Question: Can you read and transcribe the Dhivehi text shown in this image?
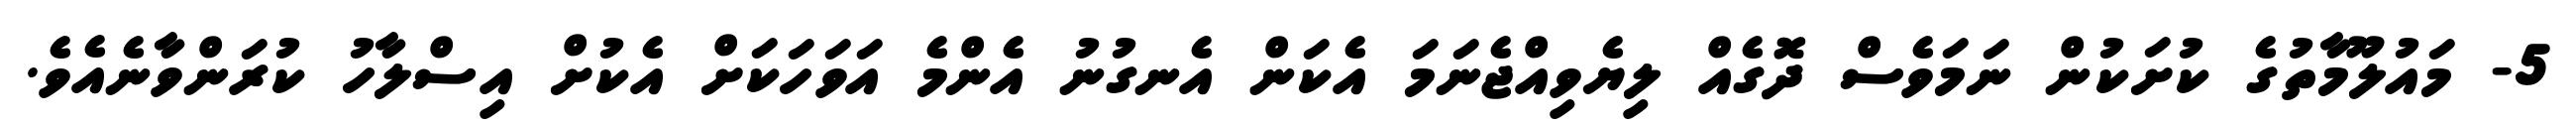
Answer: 5- މައުލޫމާތުގެ ކުށަކުން ނަމަވެސް ދޮގެއް ލިޔެވިއްޖެނަމަ އެކަން އެނގުނު އެންމެ އަވަހަކަށް އެކުށް އިސްލާހު ކުރަންވާނެއެވެ.